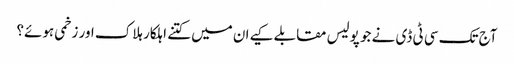
آج تک سی ٹی ڈی نے جو پولیس مقابلے کیےان میں کتنے اہلکار ہلاک اور زخمی ہوئے؟